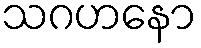
သဂဟနော